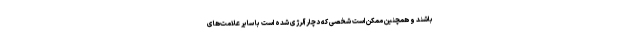
باشند و همچنین ممکن است شخصی که دچار آلرژی شده است با سایر علامت‌های